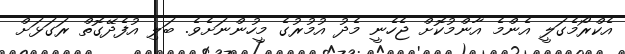
އެކްރޯމެގަލީ އެންމެ އާންމުކޮށް ޖެހެނީ މެދު އުމުރުގެ މީހުންނަށެވެ. ބަލި އުފެދޭގޮތް ރަގަޅަށް